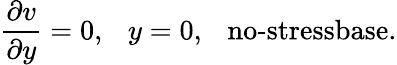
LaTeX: \frac{\partial v}{\partial y}=0,~~~y=0,~~~\textrm{no-stressbase}.